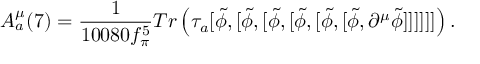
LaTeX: A _ { a } ^ { \mu } ( 7 ) = { \frac { 1 } { 1 0 0 8 0 f _ { \pi } ^ { 5 } } } T r \left( \tau _ { a } [ { \tilde { \phi } } , [ { \tilde { \phi } } , [ { \tilde { \phi } } , [ { \tilde { \phi } } , [ { \tilde { \phi } } , [ { \tilde { \phi } } , \partial ^ { \mu } { \tilde { \phi } } ] ] ] ] ] ] \right) .